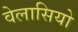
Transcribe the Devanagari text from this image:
वेलासियो